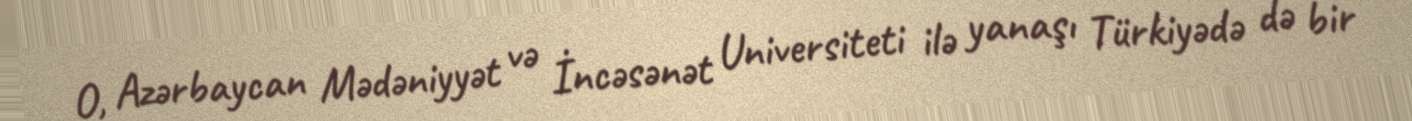
O, Azərbaycan Mədəniyyət və İncəsənət Universiteti ilə yanaşı Türkiyədə də bir